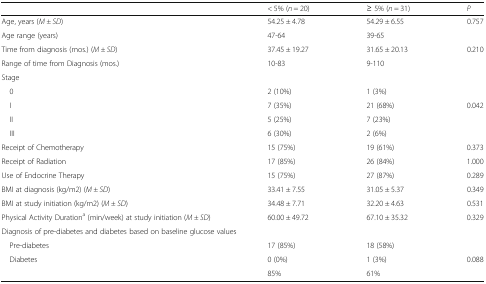
|  | < 5% (n = 20) | ≥ 5% (n = 31) | P |
 | --- | --- | --- | --- |
 | Age, years (M ± SD) | 54.25 ± 4.78 | 54.29 ± 6.55 | 0.757 |
 | Age range (years) | 47-64 | 39-65 |  |
 | Time from diagnosis (mos.) (M ± SD) | 37.45 ± 19.27 | 31.65 ± 20.13 | 0.210 |
 | Range of time from Diagnosis (mos.) | 10-83 | 9-110 |  |
 | <COLSPAN=4> Stage |
 | 0 | 2 (10%) | 1 (3%) |  |
 | I | 7 (35%) | 21 (68%) | 0.042 |
 | II | 5 (25%) | 7 (23%) |  |
 | III | 6 (30%) | 2 (6%) |  |
 | Receipt of Chemotherapy | 15 (75%) | 19 (61%) | 0.373 |
 | Receipt of Radiation | 17 (85%) | 26 (84%) | 1.000 |
 | Use of Endocrine Therapy | 15 (75%) | 27 (87%) | 0.289 |
 | BMI at diagnosis (kg/m2) (M ± SD) | 33.41 ± 7.55 | 31.05 ± 5.37 | 0.349 |
 | BMI at study initiation (kg/m2) (M ± SD) | 34.48 ± 7.71 | 32.20 ± 4.63 | 0.531 |
 | Physical Activity Durationa (min/week) at study initiation (M ± SD) | 60.00 ± 49.72 | 67.10 ± 35.32 | 0.329 |
 | <COLSPAN=4> Diagnosis of pre-diabetes and diabetes based on baseline glucose values |
 | Pre-diabetes | 17 (85%) | 18 (58%) |  |
 | <ROWSPAN=2> Diabetes | 0 (0%) | 1 (3%) | 0.088 |
 | 85% | 61% |  |